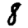
Digit: 8